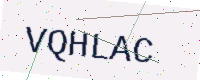
Text: VQHLAC